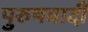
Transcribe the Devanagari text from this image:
पुरुषवादी